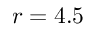
r = 4 . 5